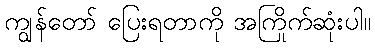
ကျွန်တော် ပြေးရတာကို အကြိုက်ဆုံးပါ။